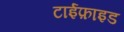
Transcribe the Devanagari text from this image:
टाईफ़ाइड